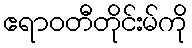
ဧရာဝတီတိုင်းမ်ကို